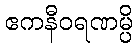
ဧကနီဝရဏမ္ပိ